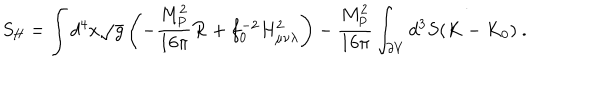
S _ { \mathrm { H } } = \int d ^ { 4 } x \sqrt g \left( - { \frac { M _ { \mathrm { P } } ^ { 2 } } { 1 6 \pi } } { \cal R } + f _ { 0 } ^ { - 2 } H _ { \mu \nu \lambda } ^ { 2 } \right) - { \frac { M _ { \mathrm { P } } ^ { 2 } } { 1 6 \pi } } \int _ { \partial V } d ^ { 3 } S ( K - K _ { 0 } ) \ .